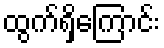
ထွက်ရှိကြောင်း